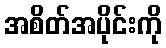
အစိတ်အပိုင်းကို